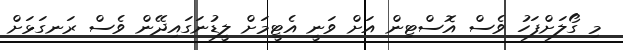
މި ގޯލަށްފަހު ވެސް އޮސްޓިން އަށް ވަނީ އެޓީމަށް ލީޑުނަގައިދޭން ވެސް ރަނގަޅަށް